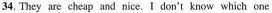
34.They are cheap and nice.I don't know which one